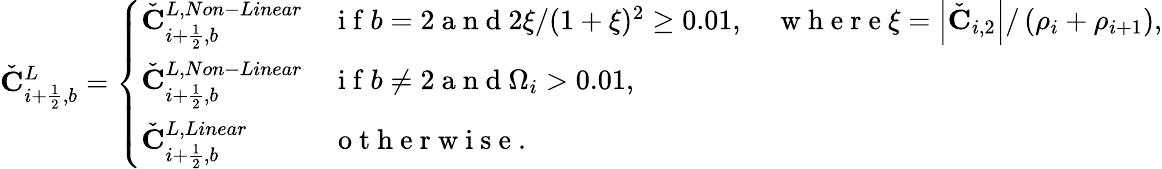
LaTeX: \check{\mathbf{C}}_{i+\frac{1}{2},b}^{L}=\left\{ \begin{array}{ll}{\check{\mathbf{C}}_{i+\frac{1}{2},b}^{L,Non-Linear}}&{\mathrm{~i~f~}b=2\mathrm{~a~n~d~}2\xi/(1+\xi)^{2}\geq 0.01,\quad\mathrm{~w~h~e~r~e~}\xi=\left|{\check{\mathbf{C}}}_{i,2}\right|/\left(\rho_{i}+\rho_{i+1}\right),}\\ {\check{\mathbf{C}}_{i+\frac{1}{2},b}^{L,Non-Linear}}&{\mathrm{~i~f~}b\neq 2\mathrm{~a~n~d~}\Omega_{i}>0.01,}\\ {\check{\mathbf{C}}_{i+\frac{1}{2},b}^{L,Linear}}&{\mathrm{~o~t~h~e~r~w~i~s~e~}.}\end{array}\right.